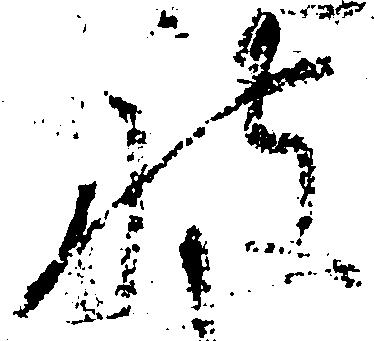
被